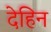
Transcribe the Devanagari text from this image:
देहिन